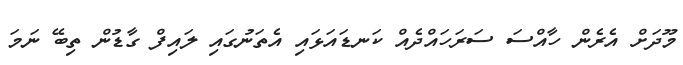
މޫދަށް އެރެން ހާއްސަ ސަރަހައްދެއް ކަނޑައަޅައި އެތަނުގައި ލައިފް ގާޑުން ތިބޭ ނަމަ